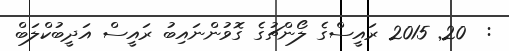
:  20